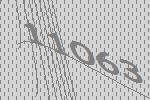
11063